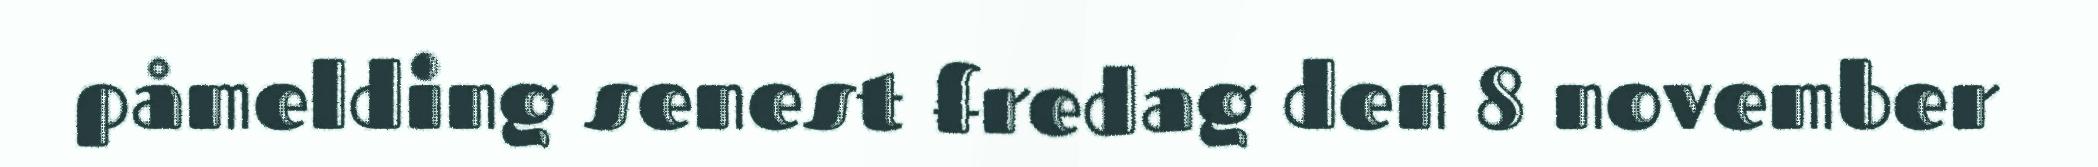
påmelding senest fredag den 8 november